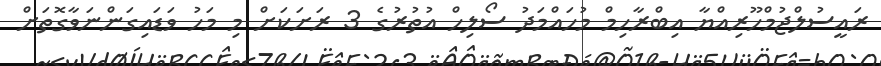
ރައީސުލްޖުމްހޫރިއްޔާ އިބްރާހިމް މުހައްމަދު ސޯލިހް އުތުރުގެ 3 ރަށަކަށް މި މަހު ވަޑައިގަންނަވާގޮތަށް